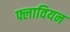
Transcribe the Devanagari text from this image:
फ्लावियन